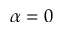
\alpha = 0